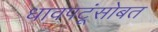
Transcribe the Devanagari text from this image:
धावपटूंसोबत